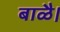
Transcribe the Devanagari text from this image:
बाळै।